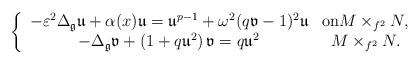
LaTeX: \begin{align*}\left\{\begin{array}[c]{cc}-\varepsilon^{2}\Delta_{\mathfrak{g}}\mathfrak{u}+\alpha(x)\mathfrak{u}=\mathfrak{u}^{p-1}+\omega^{2}(q\mathfrak{v}-1)^{2}\mathfrak{u} & \text{on}M\times_{f^{2}}N,\\-\Delta_{\mathfrak{g}}\mathfrak{v}+\left( 1+q\mathfrak{u}^{2}\right)\mathfrak{v}=q\mathfrak{u}^{2} & M\times_{f^{2}}N.\end{array}\right. \end{align*}